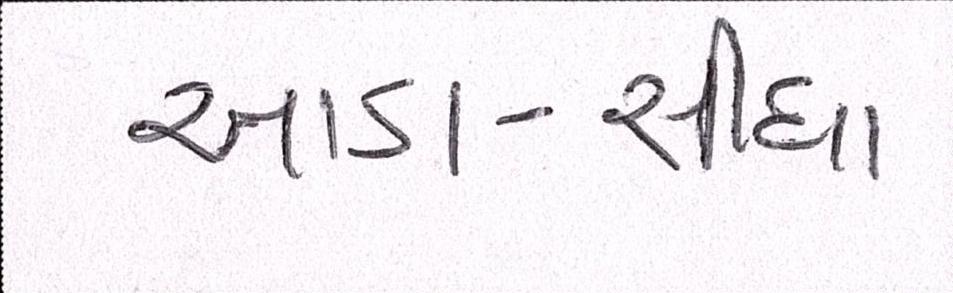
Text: આડા-સીધા